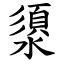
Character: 澃